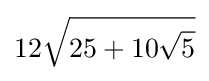
12{\sqrt {25+10{\sqrt {5}}}}